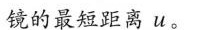
镜的最短距离u。